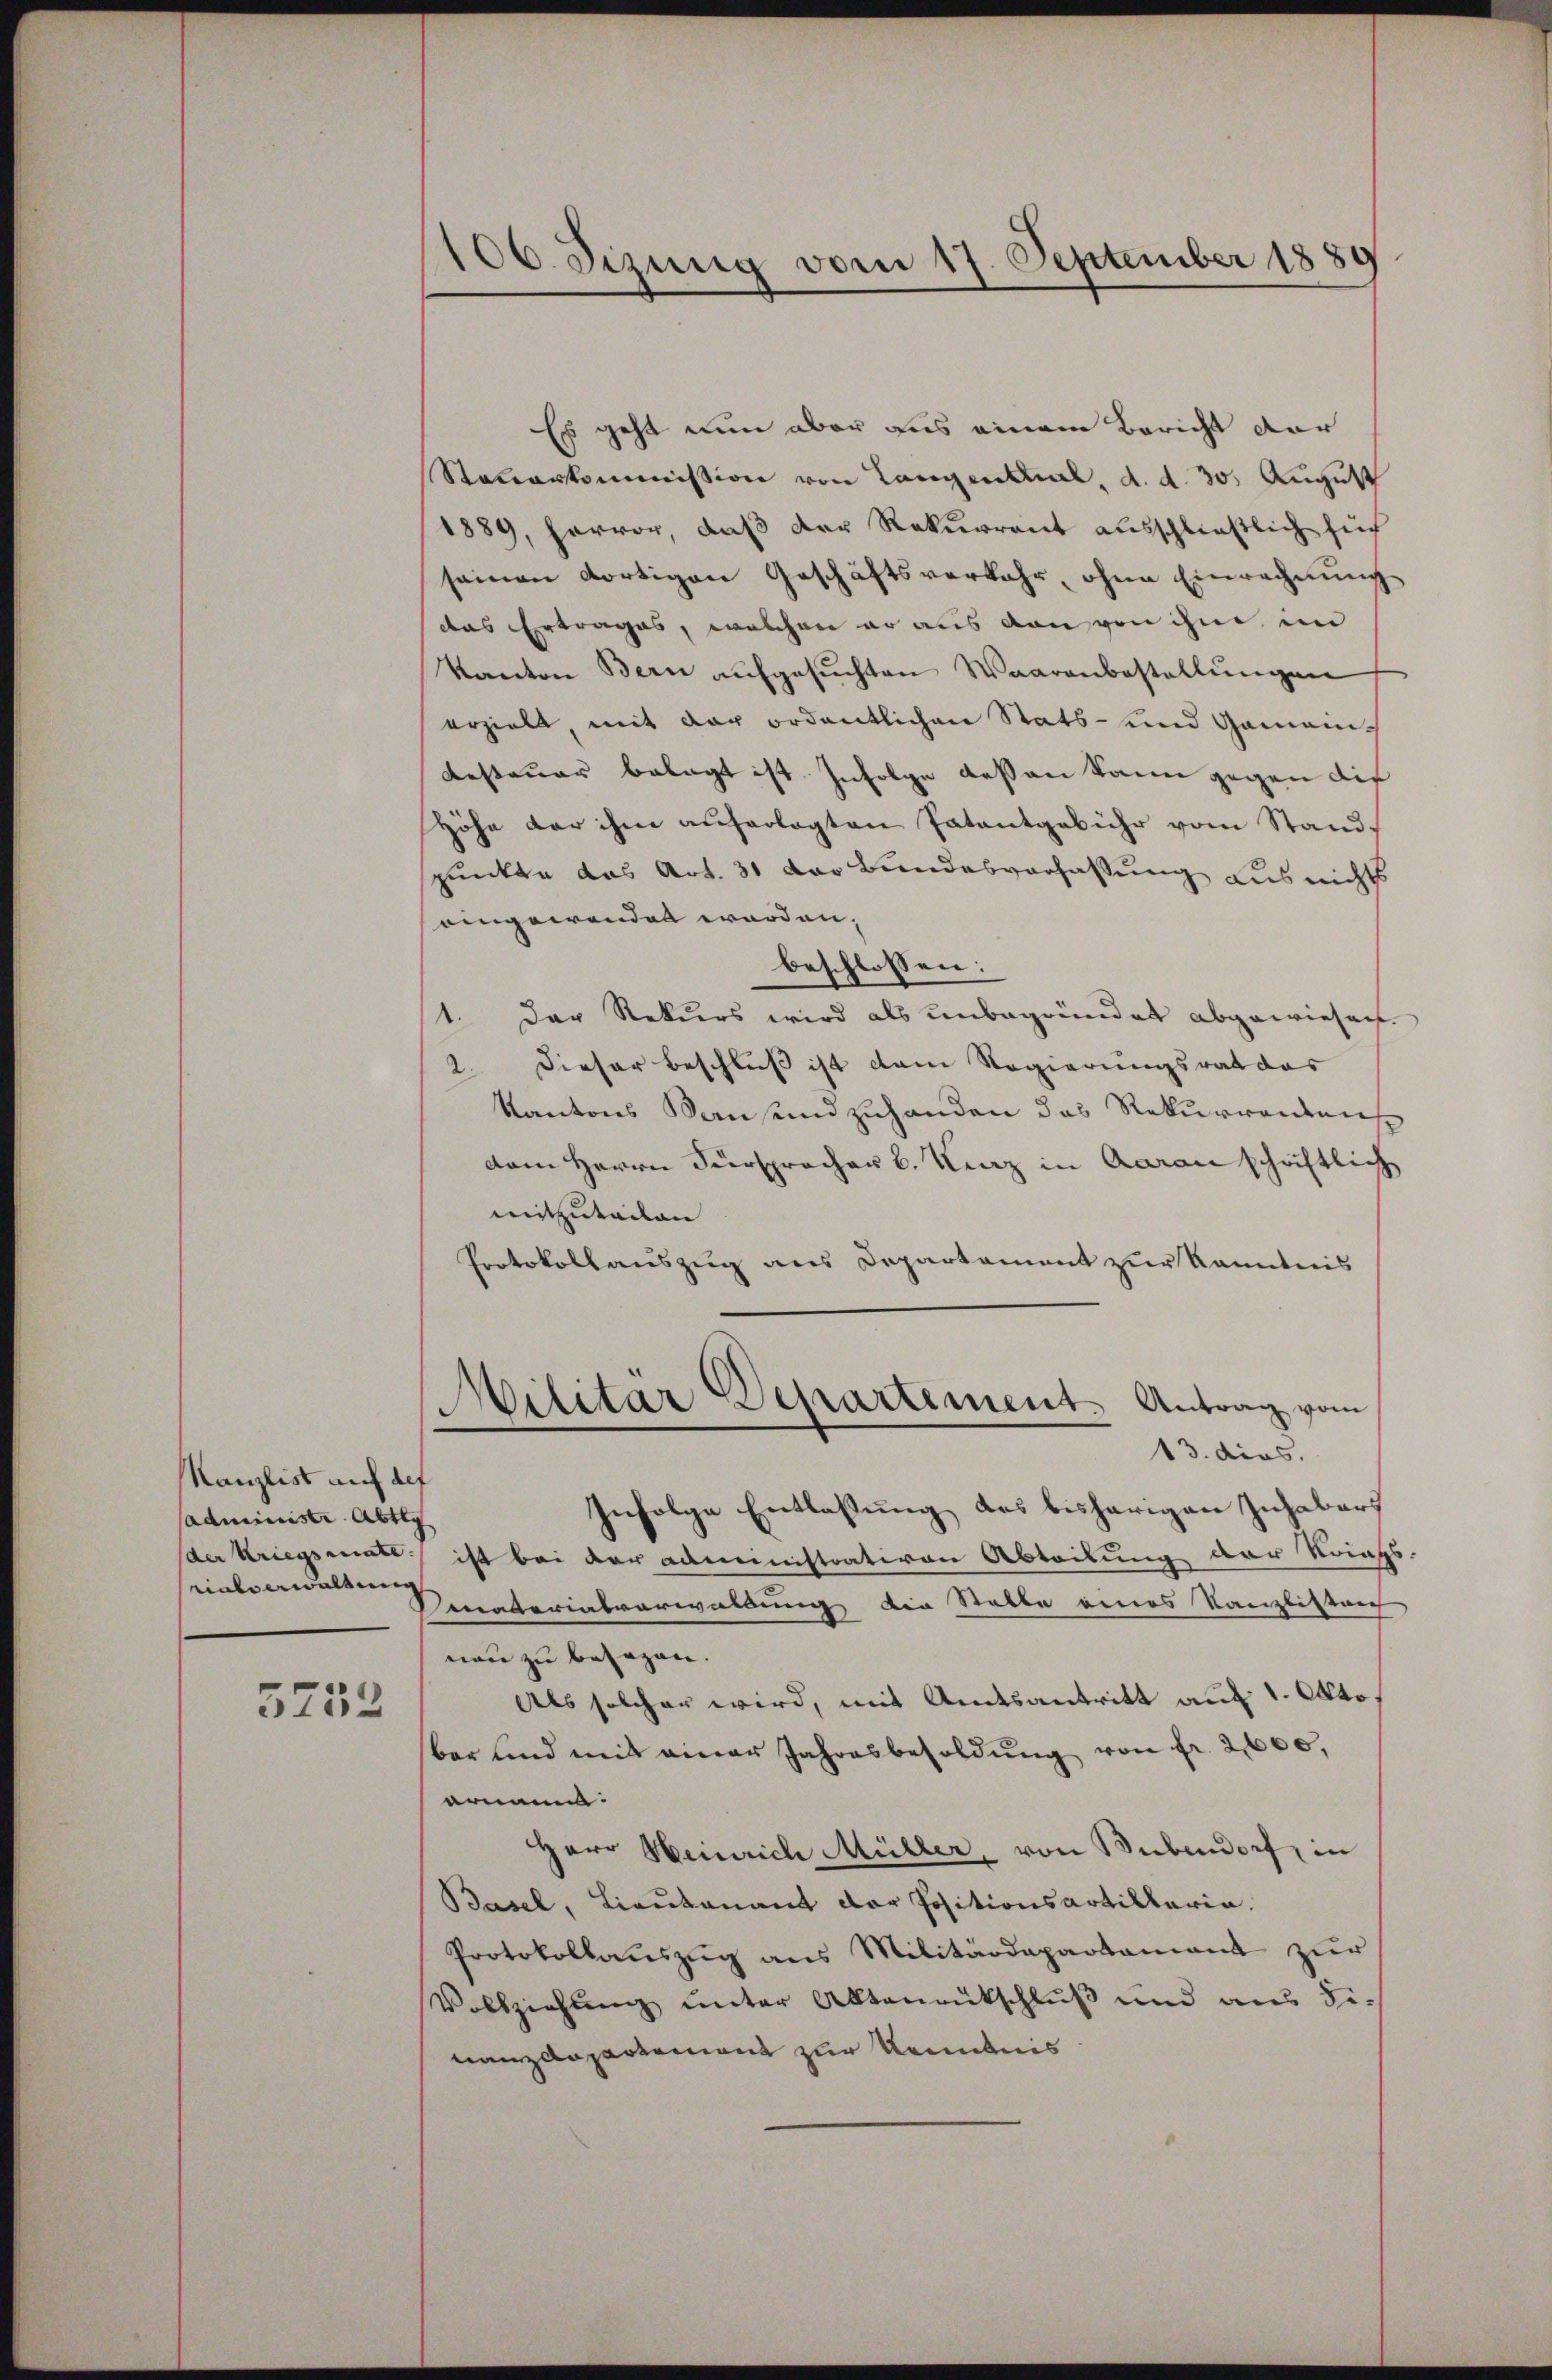
Kanzlist auf der
sadministr. Abtey
der Kriegsenate
rialverwaltung

5732

106. Sizung vom 17. September 1889

Es geht nun aber aus einem Bericht dar
Steuerkommission von Langentual, d. d. 30. August
1889, hervor, daß der Rekurrent ausschließlich sich
seinen dortigen Geschäftsverkehr, ohne Einrechnung
das Ertrages, welchen er aus von von ihm, im
Kanton Bern aufgesuchten Waarenbestellungen
erzielt, mit der ordentlichen Stats- und Gemeinbesteuer belegt ist. Infolge dessen kann gegen die
Höhe der ihm auferlegten Patentgebühr vom Stand-
punkte das Art. 31 der Bundesverfassung aus nicht
eingewenden worden.
beschlossen:
1. Der Rekurs wird als unbegründet abgewiesen.
2. Dieser Beschluß ist dem Regierungsrat das
Kantons Sausendzuhanden das Rekurrentens
dem Herrn Fürspracher v. Kunz in Aarauschriftlich
mitzutailen
Protokollauszug aus Departement zur Kenntnis
Militar Departement. Antrag vom
13. dies.
Infolge Entlassung des bisherigen Inhabers
ist bei der Administrativen Abteilung der Kriegs
Senaterialverwaltung die Statte eines Kanzlister
neu zu besagen.
Als solcher wird, mit Amtsantritt auf 1. Okto
bar und mit einer Jahresbesoldŭng von fr. 2,000,
ernannt.
Herr Heinrich Müller, von Bubendorf, in
Basel, Lieutenant der Positionsartillaria.
Protokollauszug aus Militärdepartamant zur
Vollziehung unter Altenrutschluß und aus si
nanzdepartement zur Kenntnis